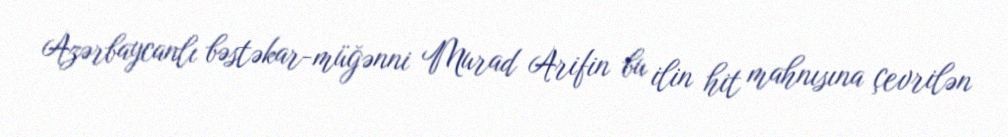
Azərbaycanlı bəstəkar-müğənni Murad Arifin bu ilin hit mahnısına çevrilən